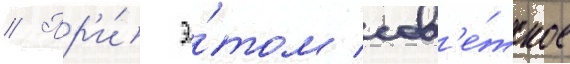
// Пр'и́ э́том сов'е́тское